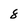
Character: 8